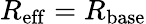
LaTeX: R_{\mathrm{eff}}=R_{\mathrm{base}}